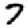
Digit: 7